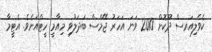
ކެވެލިއަރސް ދޫކޮށް 2010 ވަނަ އަހަރު ޖޭމްސް ބަދަލުވި މިއާމީ ހީޓްއަށެވެ. އެޓީމާ